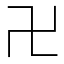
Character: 卍